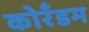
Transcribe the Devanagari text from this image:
कोरँडम